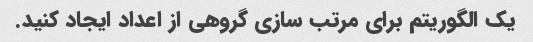
یک الگوریتم برای مرتب سازی گروهی از اعداد ایجاد کنید.